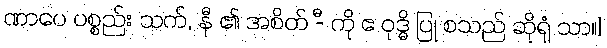
ဏာပေ ပစ္စည်း သက်, နီ ၏ အစိတ် -ီ ကို ဧ ဝုဒ္ဓိ ပြု စသည် ဆိုရုံ သာ။]